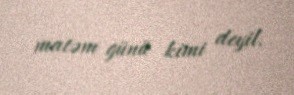
matəm günü kimi deyil.